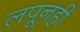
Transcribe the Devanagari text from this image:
लपूनही